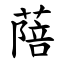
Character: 䔒